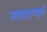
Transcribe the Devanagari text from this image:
उलथवण्याचे